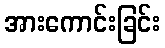
အားကောင်းခြင်း